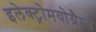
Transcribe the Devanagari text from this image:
इलेक्ट्रोमयोग्रैम्स